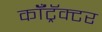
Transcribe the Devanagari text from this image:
कॉँट्रॅक्टर